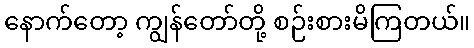
နောက်တော့ ကျွန်တော်တို့ စဉ်းစားမိကြတယ်။